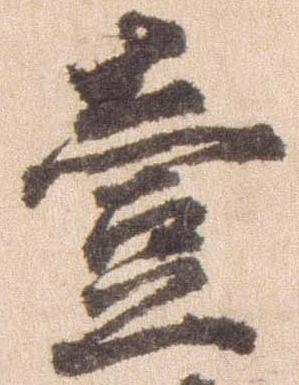
壱